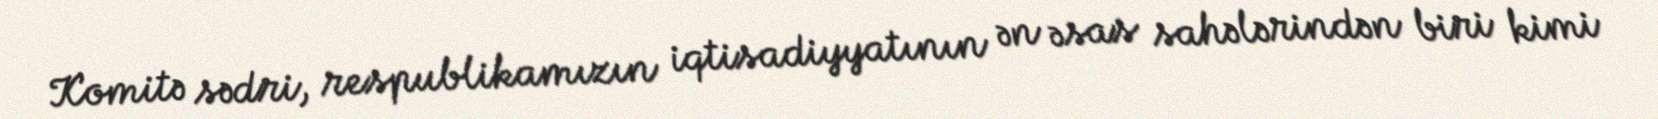
Komitə sədri, respublikamızın iqtisadiyyatının ən əsas sahələrindən biri kimi